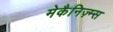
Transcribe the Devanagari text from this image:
मेकैनिज़्म्स